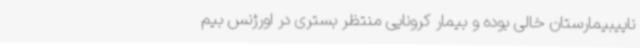
ناییبیمارستان خالی بوده و بیمار کرونایی منتظر بستری در اورژنس بیم